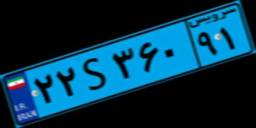
۲۲S۳۶۰۹۱